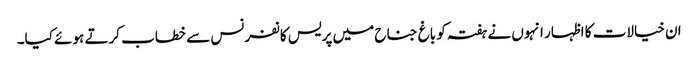
ان خیالات کا اظہار انہوں نے ہفتہ کو باغ جناح میں پریس کانفرنس سے خطاب کرتے ہوئے کیا۔